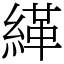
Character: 緙